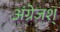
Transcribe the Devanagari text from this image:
अंग्रेजश्